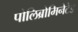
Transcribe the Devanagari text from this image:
पोलिब्रोमिनेटेड